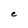
Character: e